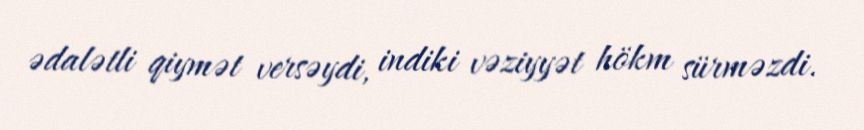
ədalətli qiymət versəydi, indiki vəziyyət hökm sürməzdi.